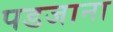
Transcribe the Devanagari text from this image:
पडजाना